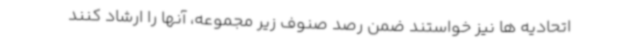
اتحادیه ها نیز خواستند ضمن رصد صنوف زیر مجموعه، آنها را ارشاد کنند